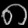
Digit: ၈